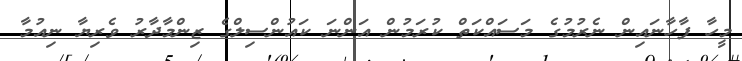
މީހާ ފާހާނައިން ނެރުމުގެ މަސައްކަތް ކުރަމުން އަންނަ ކައުންސިލްގެ ޒިންމާދާރު ވެރިޔާ ނިއުމާ